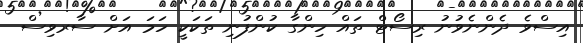
އިސްވެ ދެންނެވުނު ރިސޯޓް ތައް ހިންގާ ކުންފުނި ތަކަކީ ހަމަ އަށް ސާރވިސް